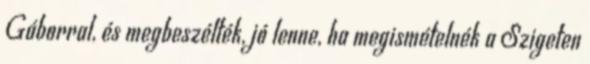
Gáborral, és megbeszélték, jó lenne, ha megismételnék a Szigeten